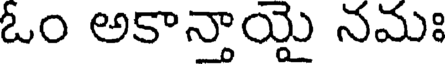
ఓం అకాన్తాయై నమః